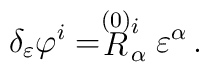
\delta_\varepsilon \varphi^i = \stackrel{\smash{(0)}}{R}^i_\alpha\varepsilon^\alpha\,.